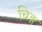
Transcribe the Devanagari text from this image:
चिङ्ग